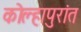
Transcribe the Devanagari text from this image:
कोल्हापुरांत